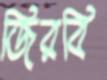
জিরবি